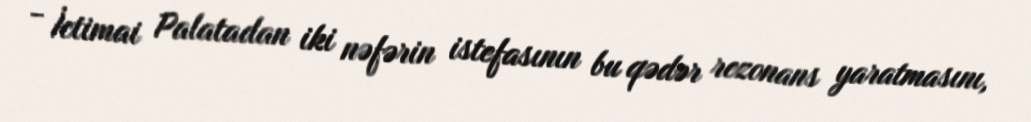
- İctimai Palatadan iki nəfərin istefasının bu qədər rezonans yaratmasını,